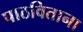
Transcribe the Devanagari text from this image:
पाठविताना